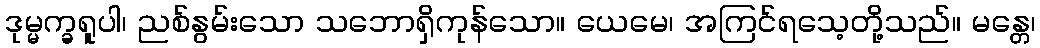
ဒုမ္မက္ခရူပါ၊ ညစ်နွမ်းသော သဘောရှိကုန်သော။ ယေမေ၊ အကြင်ရသေ့တို့သည်။ မန္တေ၊